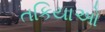
તકિયાઓ